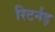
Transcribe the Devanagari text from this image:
रिटर्नड़